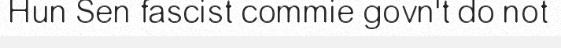
Hun Sen fascist commie govn't do not